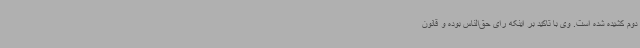
دوم کشیده شده است. وی با تاکید بر اینکه رای حق‌الناس بوده و قانون